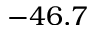
- 4 6 . 7